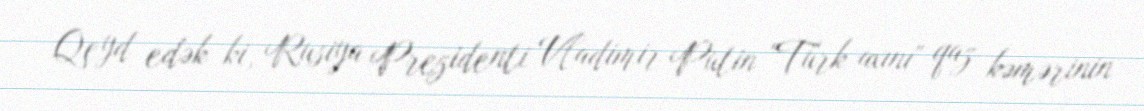
Qeyd edək ki, Rusiya Prezidenti Vladimir Putin "Türk axını" qaz kəmərinin